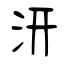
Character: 汧